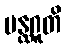
ပန္ထဂူတိ